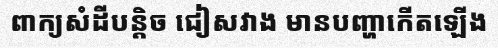
ពាក្យសំដីបន្តិច ជៀសវាង មានបញ្ហាកើតឡើង